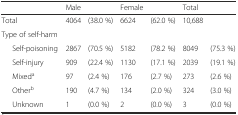
<table><thead><tr><td colspan="2">[EMPTY_CELL]</td><td><b>Male</b></td><td>[EMPTY_CELL]</td><td><b>Female</b></td><td>[EMPTY_CELL]</td><td><b>Total</b></td><td>[EMPTY_CELL]</td></tr></thead><tbody><tr><td colspan="2">Total</td><td>4064</td><td>(38.0 %)</td><td>6624</td><td>(62.0 %)</td><td>10,688</td><td>[EMPTY_CELL]</td></tr><tr><td colspan="2">Type of self-harm</td><td>[EMPTY_CELL]</td><td>[EMPTY_CELL]</td><td>[EMPTY_CELL]</td><td>[EMPTY_CELL]</td><td>[EMPTY_CELL]</td><td>[EMPTY_CELL]</td></tr><tr><td>[EMPTY_CELL]</td><td>Self-poisoning</td><td>2867</td><td>(70.5 %)</td><td>5182</td><td>(78.2 %)</td><td>8049</td><td>(75.3 %)</td></tr><tr><td>[EMPTY_CELL]</td><td>Self-injury</td><td>909</td><td>(22.4 %)</td><td>1130</td><td>(17.1 %)</td><td>2039</td><td>(19.1 %)</td></tr><tr><td>[EMPTY_CELL]</td><td>Mixed<sup>a</sup></td><td>97</td><td>(2.4 %)</td><td>176</td><td>(2.7 %)</td><td>273</td><td>(2.6 %)</td></tr><tr><td>[EMPTY_CELL]</td><td>Other<sup>b</sup></td><td>190</td><td>(4.7 %)</td><td>134</td><td>(2.0 %)</td><td>324</td><td>(3.0 %)</td></tr><tr><td>[EMPTY_CELL]</td><td>Unknown</td><td>1</td><td>(0.0 %)</td><td>2</td><td>(0.0 %)</td><td>3</td><td>(0.0 %)</td></tr></tbody></table>